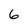
Character: 6